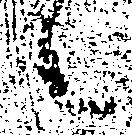
々